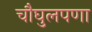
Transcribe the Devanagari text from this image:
चौघुलपणा